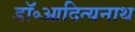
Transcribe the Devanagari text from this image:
डॉ॰आदित्यनाथ